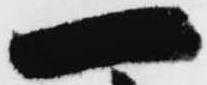
一